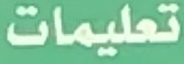
تعليمات